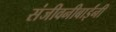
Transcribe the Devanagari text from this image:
संजीवनीबाईंनी